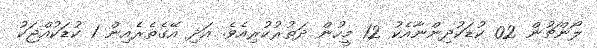
ލޯންޗުން 02 ކުޑަކުދިންނާއެކު 12 މީހުން ދަތުރުކުރިއެވެ. އަދި އޭގެތެރެއިން 1 ކުޑަކުއްޖަކު